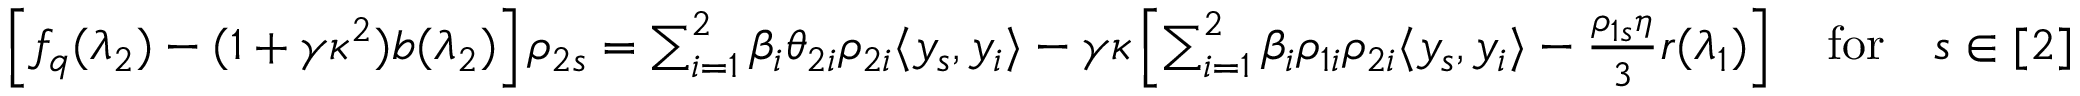
\begin{array} { r l } & { \left[ f _ { q } ( \lambda _ { 2 } ) - ( 1 + \gamma \kappa ^ { 2 } ) b ( \lambda _ { 2 } ) \right] \rho _ { 2 s } = \sum _ { i = 1 } ^ { 2 } \beta _ { i } \theta _ { 2 i } \rho _ { 2 i } \langle y _ { s } , y _ { i } \rangle - \gamma \kappa \left[ \sum _ { i = 1 } ^ { 2 } \beta _ { i } \rho _ { 1 i } \rho _ { 2 i } \langle y _ { s } , y _ { i } \rangle - \frac { \rho _ { 1 s } \eta } { 3 } r ( \lambda _ { 1 } ) \right] \quad \mathrm { f o r } \quad s \in [ 2 ] } \end{array}